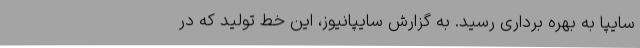
سایپا به بهره برداری رسید. به گزارش سایپانیوز، این خط تولید که در